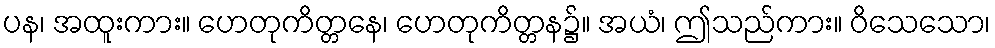
ပန၊ အထူးကား။ ဟေတုကိတ္တနေ၊ ဟေတုကိတ္တန၌။ အယံ၊ ဤသည်ကား။ ဝိသေသော၊